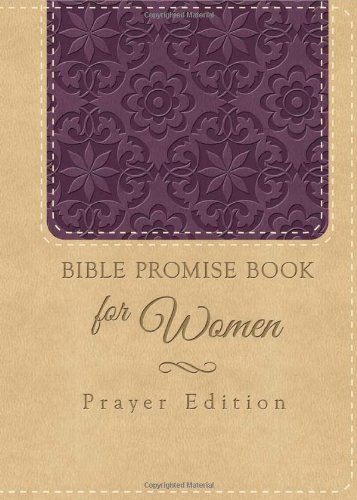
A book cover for Bible Promise Book for Women: Prayer Edition; Compiled by Barbour Staff; Christian Books & Bibles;